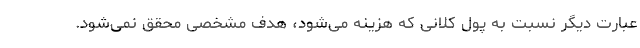
عبارت دیگر نسبت به پول کلانی که هزینه می‌شود، هدف مشخصی محقق نمی‌شود.